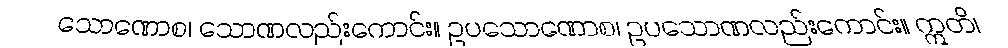
သောဏောစ၊ သောဏလည်းကောင်း။ ဥပသောဏောစ၊ ဥပသောဏလည်းကောင်း။ ဣတိ၊